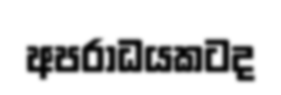
අපරාධයකටද